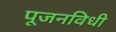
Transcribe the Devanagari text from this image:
पूजनविधी